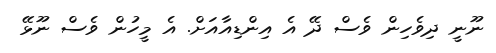
ނޫނީ ދިވެހިން ވެސް ދޭ އެ އިންޑިއާއަށް. އެ މީހުން ވެސް ނޫޅޭ